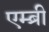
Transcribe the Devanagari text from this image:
एम्ब्री